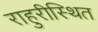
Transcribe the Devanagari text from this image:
राहुरीस्थित